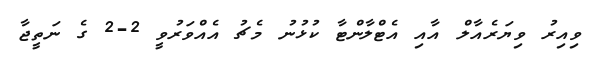
ވިއިރު ވިޔަރެއާލް އާއި އެޓްލާންޓާ ކުޅުނު މެޗު އެއްވަރުވީ 2-2 ގެ ނަތީޖާ